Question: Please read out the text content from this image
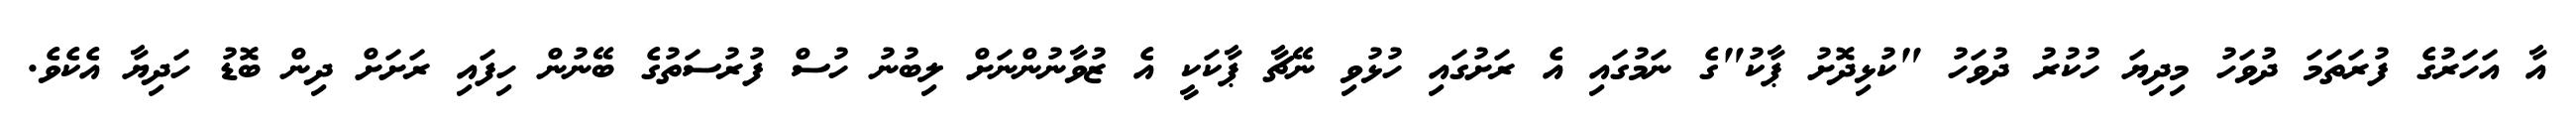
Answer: އާ އަހަރުގެ ފުރަތަމަ ދުވަހު މިދިޔަ ހުކުރު ދުވަހު "ކުޅިދޮށު ޕާކު"ގެ ނަމުގައި އެ ރަށުގައި ހުޅުވި ނޭޗާ ޕާކަކީ އެ ޒުވާނުންނަށް ލިބުނު ހުސް ފުރުސަތުގެ ބޭނުން ހިފައި ރަށަށް ދިން ބޮޑު ހަދިޔާ އެކެވެ.